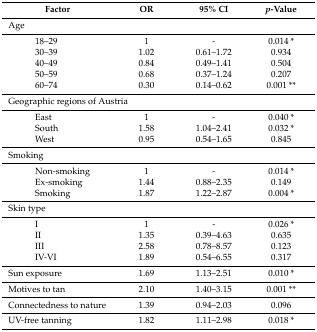
| Factor | OR | 95% CI | p-Value |
 | --- | --- | --- | --- |
 | Age |  |  |  |
 | 18–29 | 1 | - | 0.014 * |
 | 30–39 | 1.02 | 0.61–1.72 | 0.934 |
 | 40–49 | 0.84 | 0.49–1.41 | 0.504 |
 | 50–59 | 0.68 | 0.37–1.24 | 0.207 |
 | 60–74 | 0.30 | 0.14–0.62 | 0.001 ** |
 | <COLSPAN=3> Geographic regions of Austria |  |
 | East | 1 | - | 0.040 * |
 | South | 1.58 | 1.04–2.41 | 0.032 * |
 | West | 0.95 | 0.54–1.65 | 0.845 |
 | Smoking |  |  |  |
 | Non-smoking | 1 | - | 0.014 * |
 | Ex-smoking | 1.44 | 0.88–2.35 | 0.149 |
 | Smoking | 1.87 | 1.22–2.87 | 0.004 * |
 | Skin type |  |  |  |
 | I | 1 | - | 0.026 * |
 | II | 1.35 | 0.39–4.63 | 0.635 |
 | III | 2.58 | 0.78–8.57 | 0.123 |
 | IV-VI | 1.89 | 0.54–6.55 | 0.317 |
 | Sun exposure | 1.69 | 1.13–2.51 | 0.010 * |
 | Motives to tan | 2.10 | 1.40–3.15 | 0.001 ** |
 | Connectedness to nature | 1.39 | 0.94–2.03 | 0.096 |
 | UV-free tanning | 1.82 | 1.11–2.98 | 0.018 * |